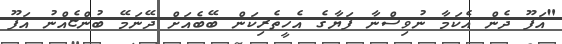
"އަފޫ ދެން އެކަމާ ނުވިސްނާ ފަޔާގެ އެހީތެރިކަން ބޭބެއަށް ދޭނަމޭ ބުންޏެއްނު އަފޫ